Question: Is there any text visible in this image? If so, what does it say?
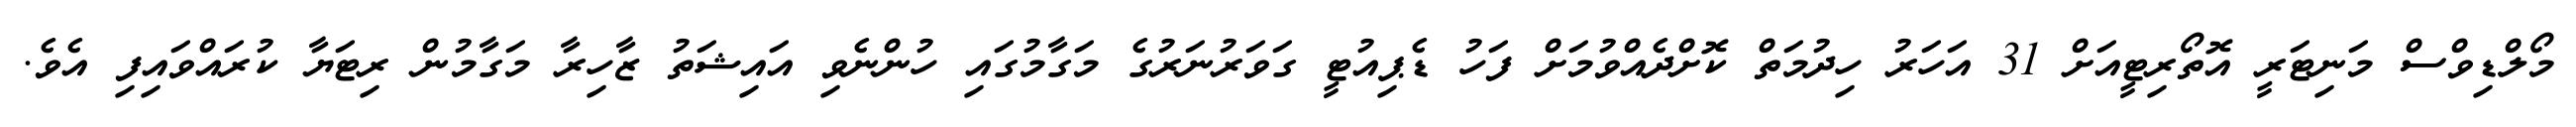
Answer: މޯލްޑިވްސް މަނިޓަރީ އޮތޯރިޓީއަށް 31 އަހަރު ހިދުމަތް ކޮށްދެއްވުމަށް ފަހު ޑެޕިއުޓީ ގަވަރުނަރުގެ މަގާމުގައި ހުންނެވި އައިޝަތު ޒާހިރާ މަގާމުން ރިޓަޔާ ކުރައްވައިފި އެވެ.